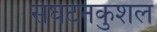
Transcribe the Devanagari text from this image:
संघटनकुशल